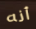
أنه